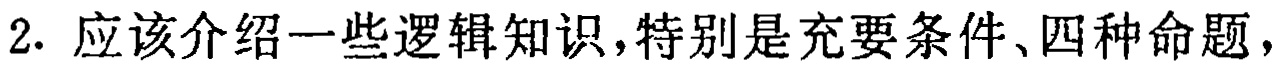
2. 应该介绍一些逻辑知识,特别是充要条件、四种命题，